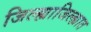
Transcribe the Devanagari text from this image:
जिल्ह्याजिल्ह्यात